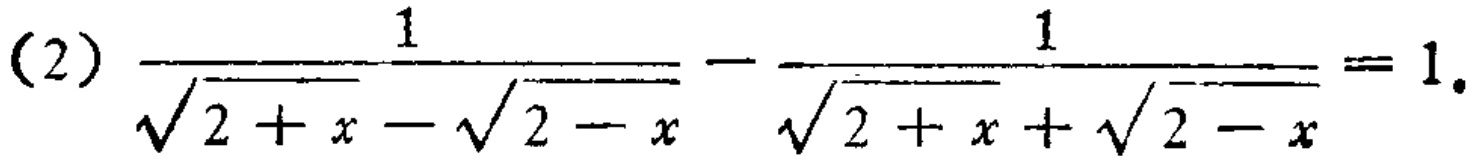
(2) \(\frac{1}{\sqrt{2 + x}-\sqrt{2 - x}}-\frac{1}{\sqrt{2 + x}+\sqrt{2 - x}} = 1\)